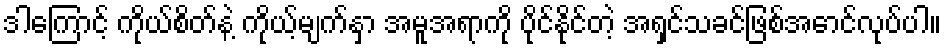
ဒါကြောင့် ကိုယ်စိတ်နဲ့ ကိုယ့်မျက်နှာ အမူအရာကို ပိုင်နိုင်တဲ့ အရှင်သခင်ဖြစ်အောင်လုပ်ပါ။